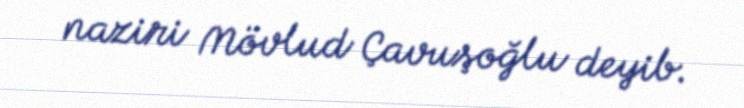
naziri Mövlud Çavuşoğlu deyib.